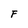
Character: F